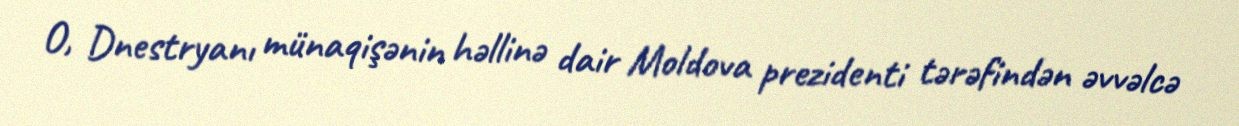
O, Dnestryanı münaqişənin həllinə dair Moldova prezidenti tərəfindən əvvəlcə